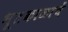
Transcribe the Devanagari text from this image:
भूतकाळाचें